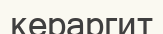
кераргит